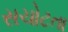
સચોટતા